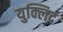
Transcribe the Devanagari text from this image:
युक्लिद